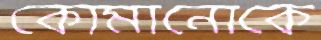
কোমানোকে